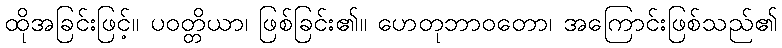
ထိုအခြင်းဖြင့်။ ပဝတ္တိယာ၊ ဖြစ်ခြင်း၏။ ဟေတုဘာဝတော၊ အကြောင်းဖြစ်သည်၏